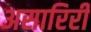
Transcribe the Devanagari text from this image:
असारिरी